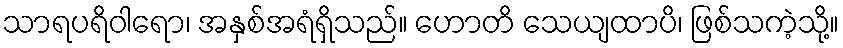
သာရပရိဝါရော၊ အနှစ်အရံရှိသည်။ ဟောတိ သေယျထာပိ၊ ဖြစ်သကဲ့သို့။